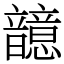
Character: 䪰